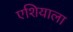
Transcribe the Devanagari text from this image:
एशियाला